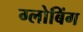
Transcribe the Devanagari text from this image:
ग्लोबिंग